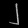
Digit: ၂